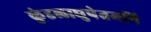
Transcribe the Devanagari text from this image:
कुंडलाद्युपेतमपि